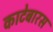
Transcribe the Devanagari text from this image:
काटेबारस